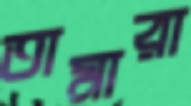
তামারা